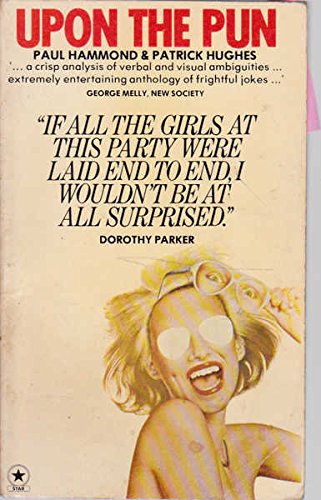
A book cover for Upon the Pun; PAUL HAMMOND PATRICK HUGHES; Humor & Entertainment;